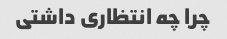
چرا چه انتظاری داشتی